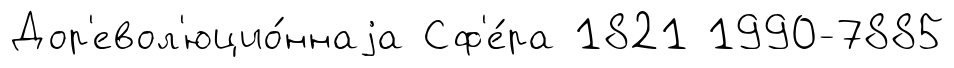
Дор'евол'юцио́ннаjа Сф'е́ра 1821 1990-7885